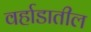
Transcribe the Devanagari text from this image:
वर्हाडातील